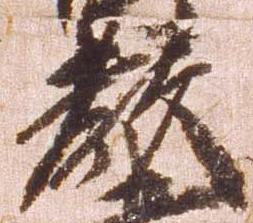
教